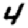
Digit: 4